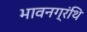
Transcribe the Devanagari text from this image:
भावनग्रंथि